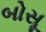
બોસૂ